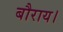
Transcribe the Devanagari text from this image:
बौराय।